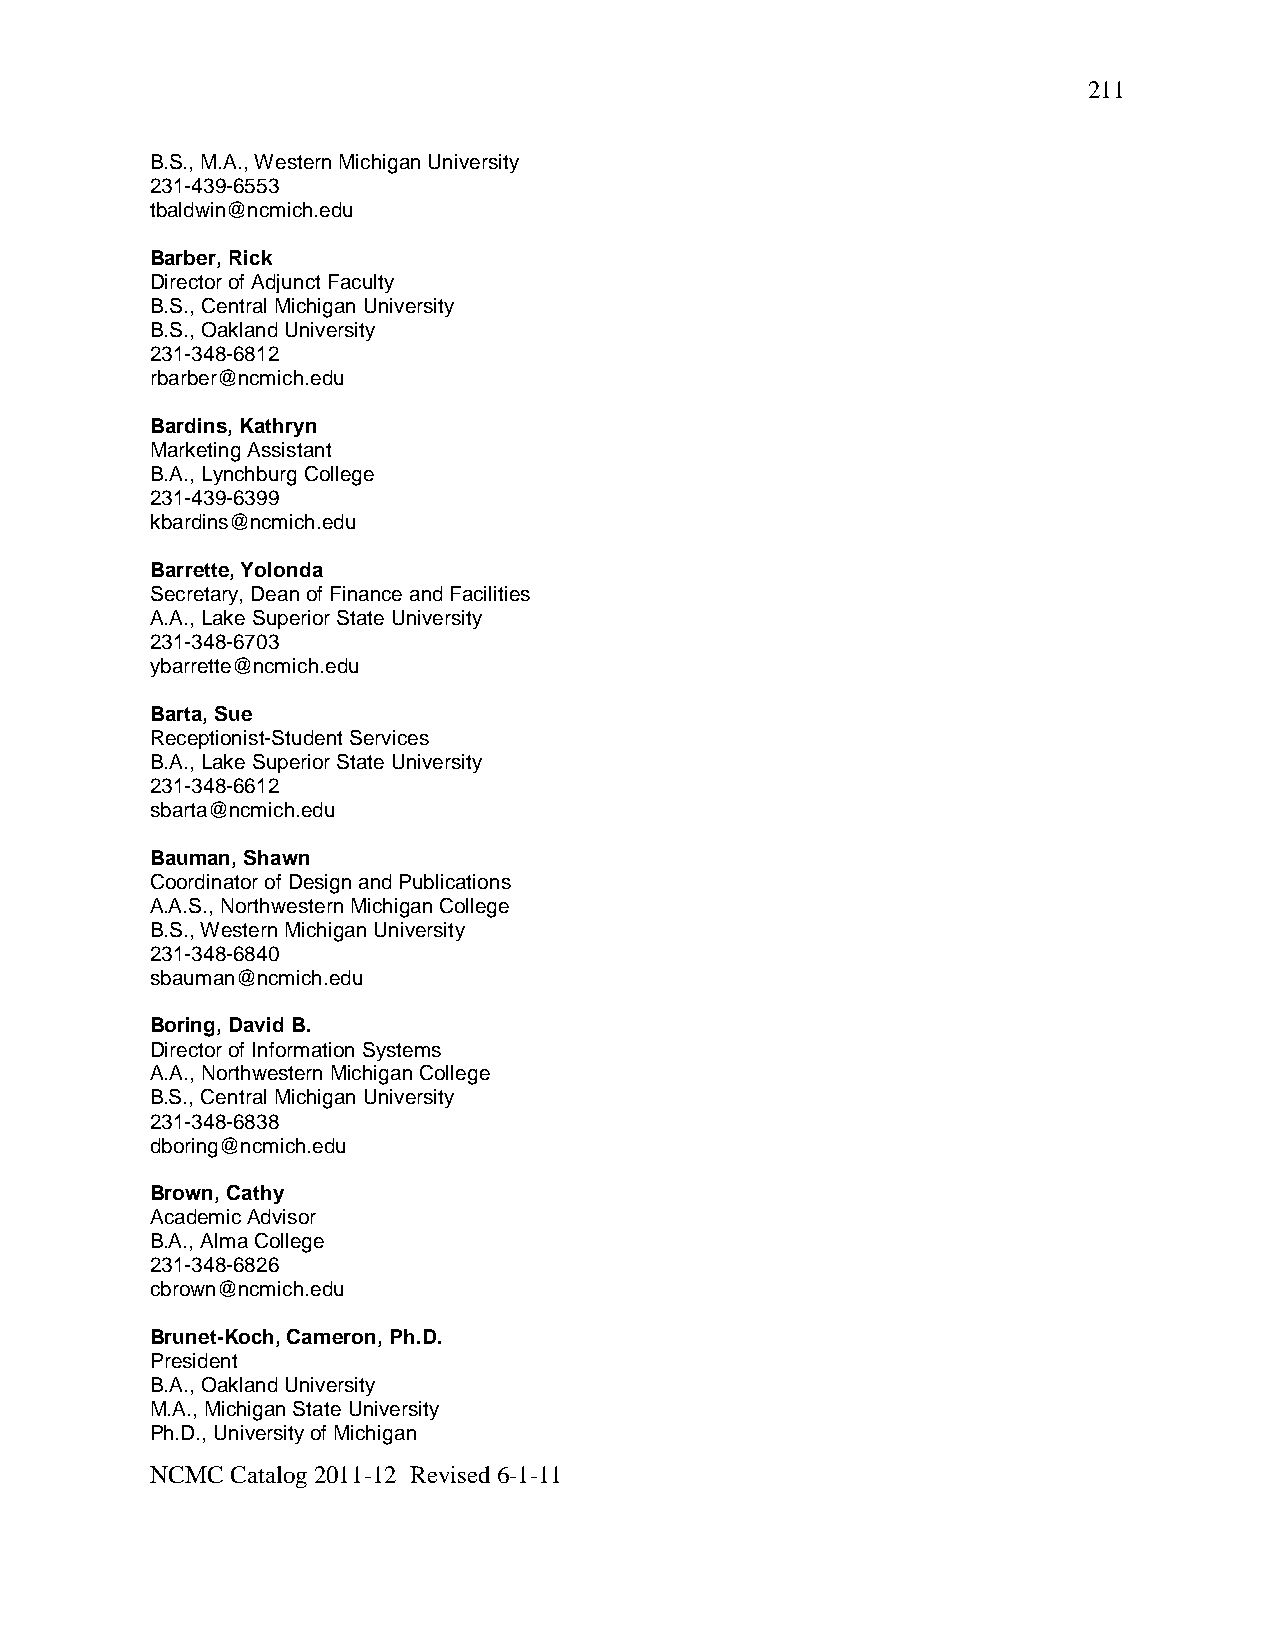
211
 B.S., M.A., Western Michigan University
 231-439-6553
 tbaldwin@ncmich.edu
 Barber, Rick
 Director of Adjunct Faculty
 B.S., Central Michigan University
 B.S., Oakland University
 231-348-6812
 rbarber@ncmich.edu
 Bardins, Kathryn
 Marketing Assistant
 B.A., Lynchburg College
 231-439-6399
 kbardins@ncmich.edu
 Barrette, Yolonda
 Secretary, Dean of Finance and Facilities
 A.A., Lake Superior State University
 231-348-6703
 ybarrette@ncmich.edu
 Barta, Sue
 Receptionist-Student Services
 B.A., Lake Superior State University
 231-348-6612
 sbarta@ncmich.edu
 Bauman, Shawn
 Coordinator of Design and Publications
 A.A.S., Northwestern Michigan College
 B.S., Western Michigan University
 231-348-6840
 sbauman@ncmich.edu
 Boring, David B.
 Director of Information Systems
 A.A., Northwestern Michigan College
 B.S., Central Michigan University
 231-348-6838
 dboring@ncmich.edu
 Brown, Cathy
 Academic Advisor
 B.A., Alma College
 231-348-6826
 cbrown@ncmich.edu
 Brunet-Koch, Cameron, Ph.D.
 President
 B.A., Oakland University
 M.A., Michigan State University
 Ph.D., University of Michigan
 NCMC Catalog 2011-12 Revised 6-1-11